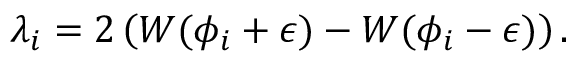
\lambda _ { i } = 2 \left( W ( \phi _ { i } + \epsilon ) - W ( \phi _ { i } - \epsilon ) \right) .